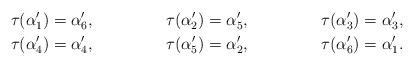
LaTeX: \begin{align*}\tau(\alpha'_1) &= \alpha'_6,&\tau(\alpha'_2) &= \alpha'_5,&\tau(\alpha'_3) &= \alpha'_3,\\\tau(\alpha'_4) &= \alpha'_4,&\tau(\alpha'_5) &= \alpha'_2,&\tau(\alpha'_6) &= \alpha'_1.\end{align*}